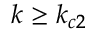
k \geq k _ { c 2 }